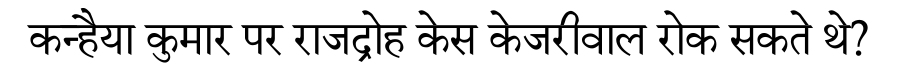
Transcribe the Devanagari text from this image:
कन्हैया कुमार पर राजद्रोह केस केजरीवाल रोक सकते थे?